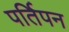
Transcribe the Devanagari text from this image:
पर्तिपन